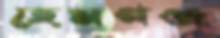
হেমগঞ্জ